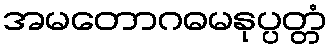
အမတောဂဓမနုပ္ပတ္တံ